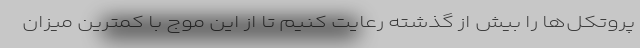
پروتکل‌ها را بیش از گذشته رعایت کنیم تا از این موج با کمترین میزان